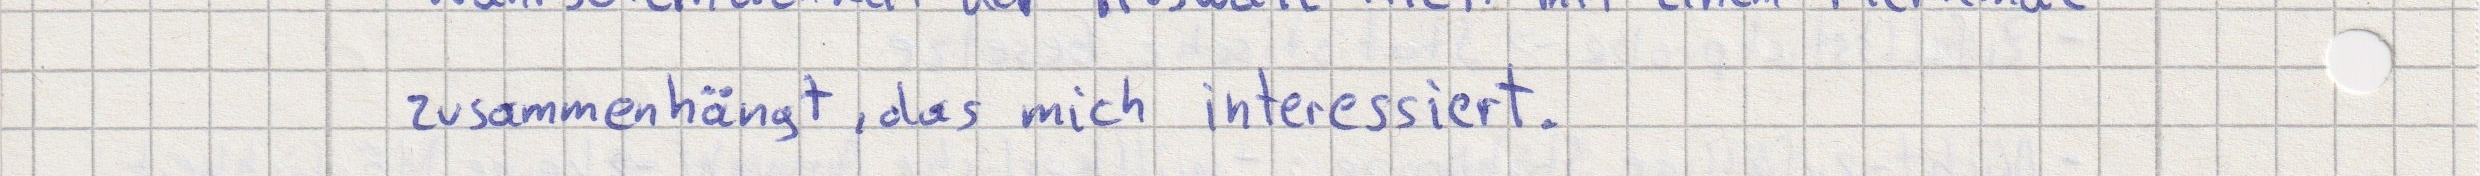
zusammenhängt, das mich interessiert.